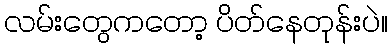
လမ်းတွေကတော့ ပိတ်နေတုန်းပဲ။